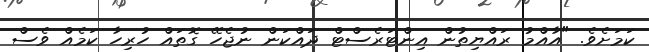
ކަމަށެވެ. "އާއްމު ރައްޔިތުން އިންޓަރެސްޓް ދައްކަން ނުޖެހޭ ގޮތައް ހުރިހާ ކަމެއް ވެސް